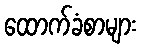
ထောက်ခံစာများ